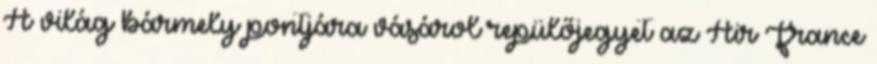
A világ bármely pontjára vásárol repülőjegyet az Air France